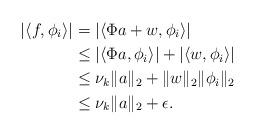
LaTeX: \begin{align*} |\langle f,\phi_i \rangle| &= | \langle \Phi a + w, \phi_i \rangle| \\ &\le |\langle \Phi a,\phi_i \rangle| + |\langle w,\phi_i \rangle|\\ &\le \nu_k \|a\|_2 + \|w\|_2 \|\phi_i\|_2 \\ &\le \nu_k \|a\|_2 + \epsilon. \end{align*}